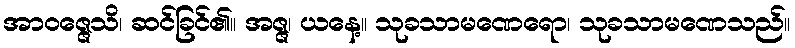
အာဝဇ္ဇေသိ၊ ဆင်ခြင်၏။ အဇ္ဇ၊ ယနေ့။ သုခသာမဏေရော၊ သုခသာမဏေသည်။